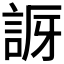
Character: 𧧝